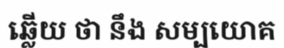
ឆ្លើយ ថា នឹង សម្បយោគ